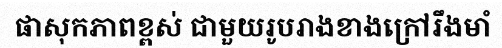
ផាសុកភាពខ្ពស់ ជាមួយរូបរាងខាងក្រៅរឹងមាំ